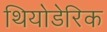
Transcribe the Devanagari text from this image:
थियोडेरिक